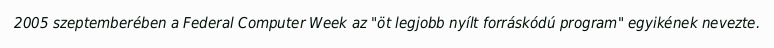
2005 szeptemberében a Federal Computer Week az "öt legjobb nyílt forráskódú program" egyikének nevezte.